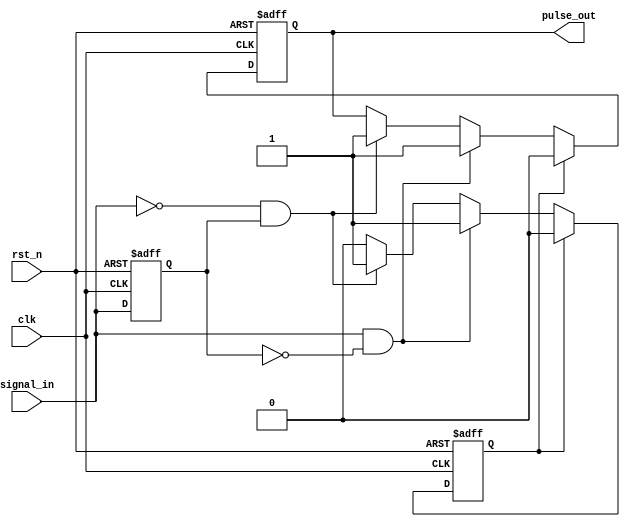
module monostable_edge_detector (
    input wire clk,          // Clock input
    input wire rst_n,       // Active low reset
    input wire signal_in,    // Input signal to detect edges
    output reg pulse_out     // Output pulse
);

    reg signal_prev;         // Previous state of the input signal
    reg pulse_active;        // Flag to indicate if pulse is active
    parameter PULSE_WIDTH = 10; // Pulse width in clock cycles

    // Edge detection and pulse generation logic
    always @(posedge clk or negedge rst_n) begin
        if (!rst_n) begin
            signal_prev <= 1'b0; // Initialize previous signal to low
            pulse_out <= 1'b0;   // Initialize output pulse to low
            pulse_active <= 1'b0; // Pulse is initially inactive
        end else begin
            // Edge detection logic
            if (signal_in && !signal_prev) begin
                // Rising edge detected
                pulse_out <= 1'b1; // Generate pulse
                pulse_active <= 1'b1; // Mark pulse as active
            end else if (!signal_in && signal_prev) begin
                // Falling edge detected
                pulse_out <= 1'b1; // Generate pulse
                pulse_active <= 1'b1; // Mark pulse as active
            end

            // Store current signal state for next clock cycle
            signal_prev <= signal_in;

            // Pulse duration control
            if (pulse_active) begin
                if (PULSE_WIDTH > 0) begin
                    pulse_active <= 1'b1;
                    // Wait for the pulse width duration
                    // This is a simple way to handle pulse duration
                    // In a real design, you would use a counter or a timer
                    #1; // Wait for 1 clock cycle
                    pulse_active <= 1'b0;
                    pulse_out <= 1'b0; // Deactivate pulse
                end
            end
        end
    end
endmodule